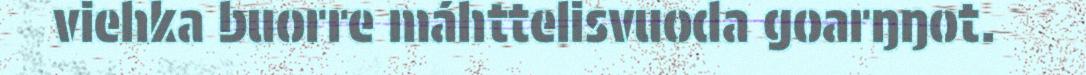
viehka buorre máhttelisvuoda goarŋŋot.